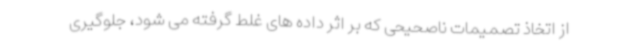
از اتخاذ تصمیمات ناصحیحی که بر اثر داده های غلط گرفته می شود، جلوگیری